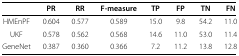
<table><thead><tr><td></td><td><b>PR</b></td><td><b>RR</b></td><td><b>F-measure</b></td><td><b>TP</b></td><td><b>FP</b></td><td><b>TN</b></td><td><b>FN</b></td></tr></thead><tbody><tr><td>HMEnPF</td><td>0.604</td><td>0.577</td><td>0.589</td><td>15.0</td><td>9.8</td><td>54.2</td><td>11.0</td></tr><tr><td>UKF</td><td>0.578</td><td>0.562</td><td>0.568</td><td>14.6</td><td>11.0</td><td>53.0</td><td>11.4</td></tr><tr><td>GeneNet</td><td>0.387</td><td>0.360</td><td>0.366</td><td>7.2</td><td>11.2</td><td>13.8</td><td>12.8</td></tr></tbody></table>